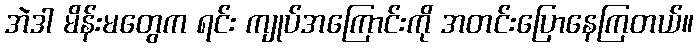
အဲဒါ မိန်းမတွေက ရင်း ကျုပ်အကြောင်းကို အတင်းပြောနေကြတယ်။